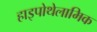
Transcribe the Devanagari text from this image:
हाइपोथेलामिक